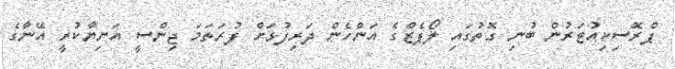
ޕްރޮސިކިއުޓަރުން ބުނި ގޮތުގައި ލޯޕެޒްގެ އަންހެން ދަރިފުޅަށް ފުރަތަމަ ޖިންސީ އަނިޔާކުރީ އޭނާގެ